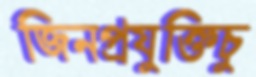
জিনপ্রযুক্তিচু